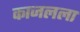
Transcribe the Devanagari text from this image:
काजलला